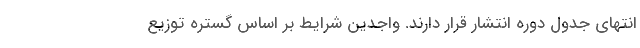
انتهای جدول دوره انتشار قرار دارند. واجدین شرایط بر اساس گستره توزیع